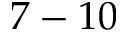
7 - 1 0